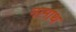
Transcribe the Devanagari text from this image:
नामाथ